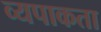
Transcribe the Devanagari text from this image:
व्यपाकता